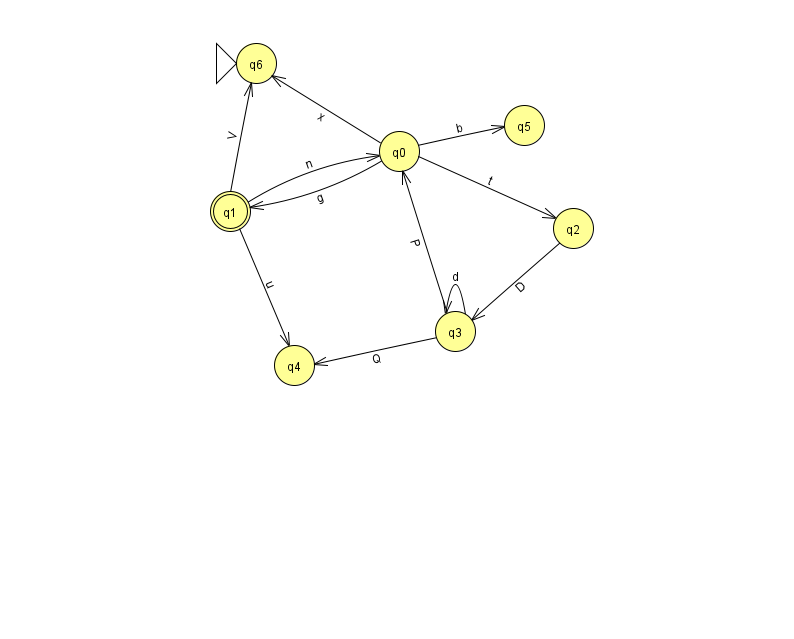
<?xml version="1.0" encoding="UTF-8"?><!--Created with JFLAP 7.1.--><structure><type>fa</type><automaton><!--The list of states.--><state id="0" name="q0"><x>399.0</x><y>138.0</y></state><state id="1" name="q1"><x>230.0</x><y>198.0</y><final/></state><state id="2" name="q2"><x>573.0</x><y>215.0</y></state><state id="3" name="q3"><x>455.0</x><y>318.0</y></state><state id="4" name="q4"><x>294.0</x><y>352.0</y></state><state id="5" name="q5"><x>524.0</x><y>112.0</y></state><state id="6" name="q6"><x>256.0</x><y>50.0</y><initial/></state><!--The list of transitions.--><transition><from>0</from><to>1</to><read>g</read></transition><transition><from>1</from><to>6</to><read>V</read></transition><transition><from>0</from><to>2</to><read>t</read></transition><transition><from>1</from><to>4</to><read>u</read></transition><transition><from>3</from><to>3</to><read>d</read></transition><transition><from>0</from><to>6</to><read>x</read></transition><transition><from>3</from><to>4</to><read>Q</read></transition><transition><from>2</from><to>3</to><read>D</read></transition><transition><from>1</from><to>0</to><read>n</read></transition><transition><from>3</from><to>0</to><read>P</read></transition><transition><from>0</from><to>5</to><read>b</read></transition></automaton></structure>